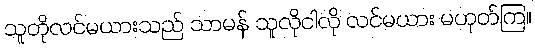
သူတိုလင်မယားသည် သာမန် သူလိုငါလို လင်မယား မဟုတ်ကြ။